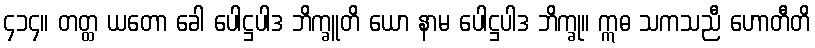
၄၁၄။ တတ္ထ ယတော ခေါ ပေါဋ္ဌပါဒ ဘိက္ခူတိ ယော နာမ ပေါဋ္ဌပါဒ ဘိက္ခု။ ဣဓ သကသညီ ဟောတီတိ